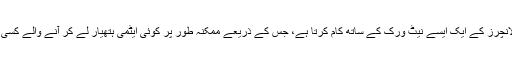
یہ مکمل طور پر خودکار میزائل سسٹم کمپیوٹرز، سینسرز اور لانچرز کے ایک ایسے نیٹ ورک کے ساتھ کام کرتا ہے، جس کے ذریعے ممکنہ طور پر کوئی ایٹمی ہتھیار لے کر آنے والے کسی بھی حملہ آور بیلسٹک میزائل سسٹم کو بھی تباہ کیا جا سکتا ہے۔